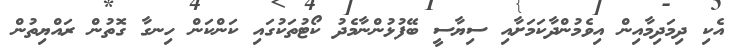
އެކި ދިމަދިމާއިން އިވެމުންދާކަމަށާއި ސިޔާސީ ބޭފުޅުންނާމެދު ކޯޓުތަކުގައި ކަންކަން ހިނގާ ގޮތުން ރައްޔިތުން